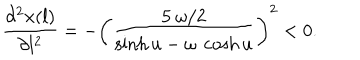
\frac { \partial ^ { 2 } x ( l ) } { \partial l ^ { 2 } } = - \left( \frac { 5 ~ \omega / 2 } { \sinh u - \omega ~ \cosh u } \right) ^ { 2 } < 0 .